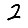
Digit: 2